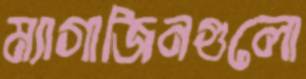
ম্যাগাজিনগুলো